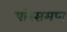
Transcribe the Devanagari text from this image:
परिसमप्‍त